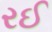
રઈ